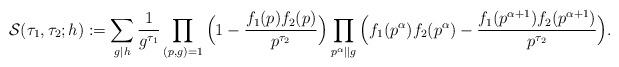
LaTeX: \begin{align*} \mathcal{S}(\tau_1,\tau_2;h) := \sum_{g \mid h} \frac{1}{g^{\tau_1}} \prod_{(p,g)=1} \Big ( 1 - \frac{f_1(p) f_2(p)}{p^{\tau_2}} \Big ) \prod_{p^{\alpha} \mid \mid g} \Big( f_1(p^{\alpha})f_2(p^{\alpha}) - \frac{f_1(p^{\alpha+1})f_2(p^{\alpha+1}) }{ p^{\tau_2}}\Big). \end{align*}